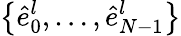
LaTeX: \big\{ \hat{e}_{0}^{l},\dots,\hat{e}_{N-1}^{l}\big\}